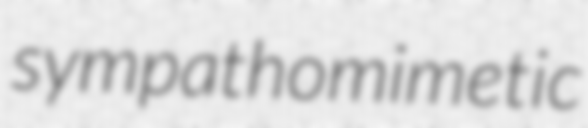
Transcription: sympathomimetic